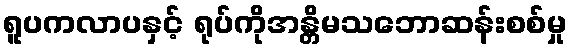
ရူပကလာပနှင့် ရုပ်ကိုအန္တိမသဘောဆန်းစစ်မှု